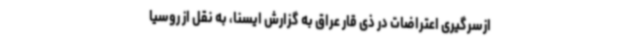
ازسرگیری اعتراضات در ذی قار عراق به گزارش ایسنا، به نقل از روسیا